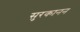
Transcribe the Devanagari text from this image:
सुरकानन